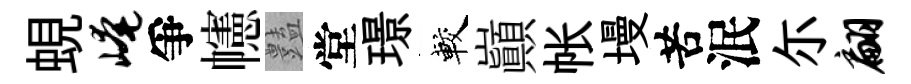
蜆崦爭幰𧰟堂璟較巔帐墁苦泯尓翩